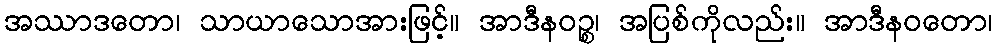
အဿာဒတော၊ သာယာသောအားဖြင့်။ အာဒီနဝဉ္စ၊ အပြစ်ကိုလည်း။ အာဒီနဝတော၊